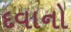
દવાનો